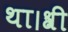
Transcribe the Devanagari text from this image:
था।श्री